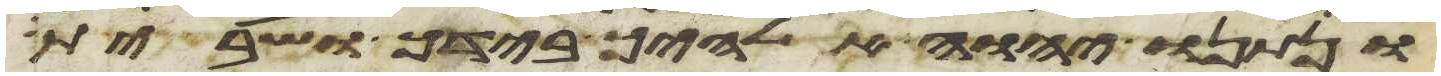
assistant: ונתנו יהוה אלהיך בידך ושבית